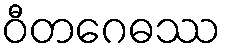
ဝီတဂေဓဿ